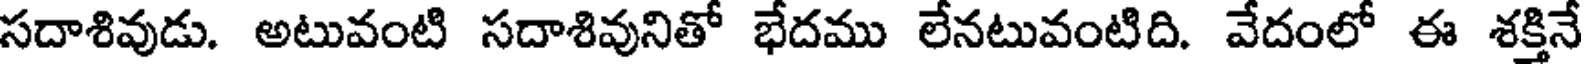
సదాశివుడు. అటువంటి సదాశివునితో భేదము లేనటువంటిది. వేదంలో ఈ శక్తినే